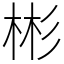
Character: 彬